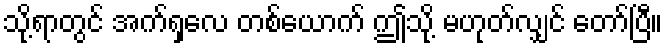
သို့ရာတွင် အက်ရှလေ တစ်ယောက် ဤသို့ မဟုတ်လျှင် တော်ပြီ။